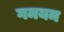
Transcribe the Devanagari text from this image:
गमयम